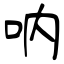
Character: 呐